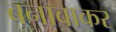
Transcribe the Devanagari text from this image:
बनावाकर